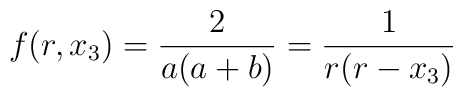
f(r,x_3)=\frac 2{a(a+b)}=\frac 1{r(r-x_3)}